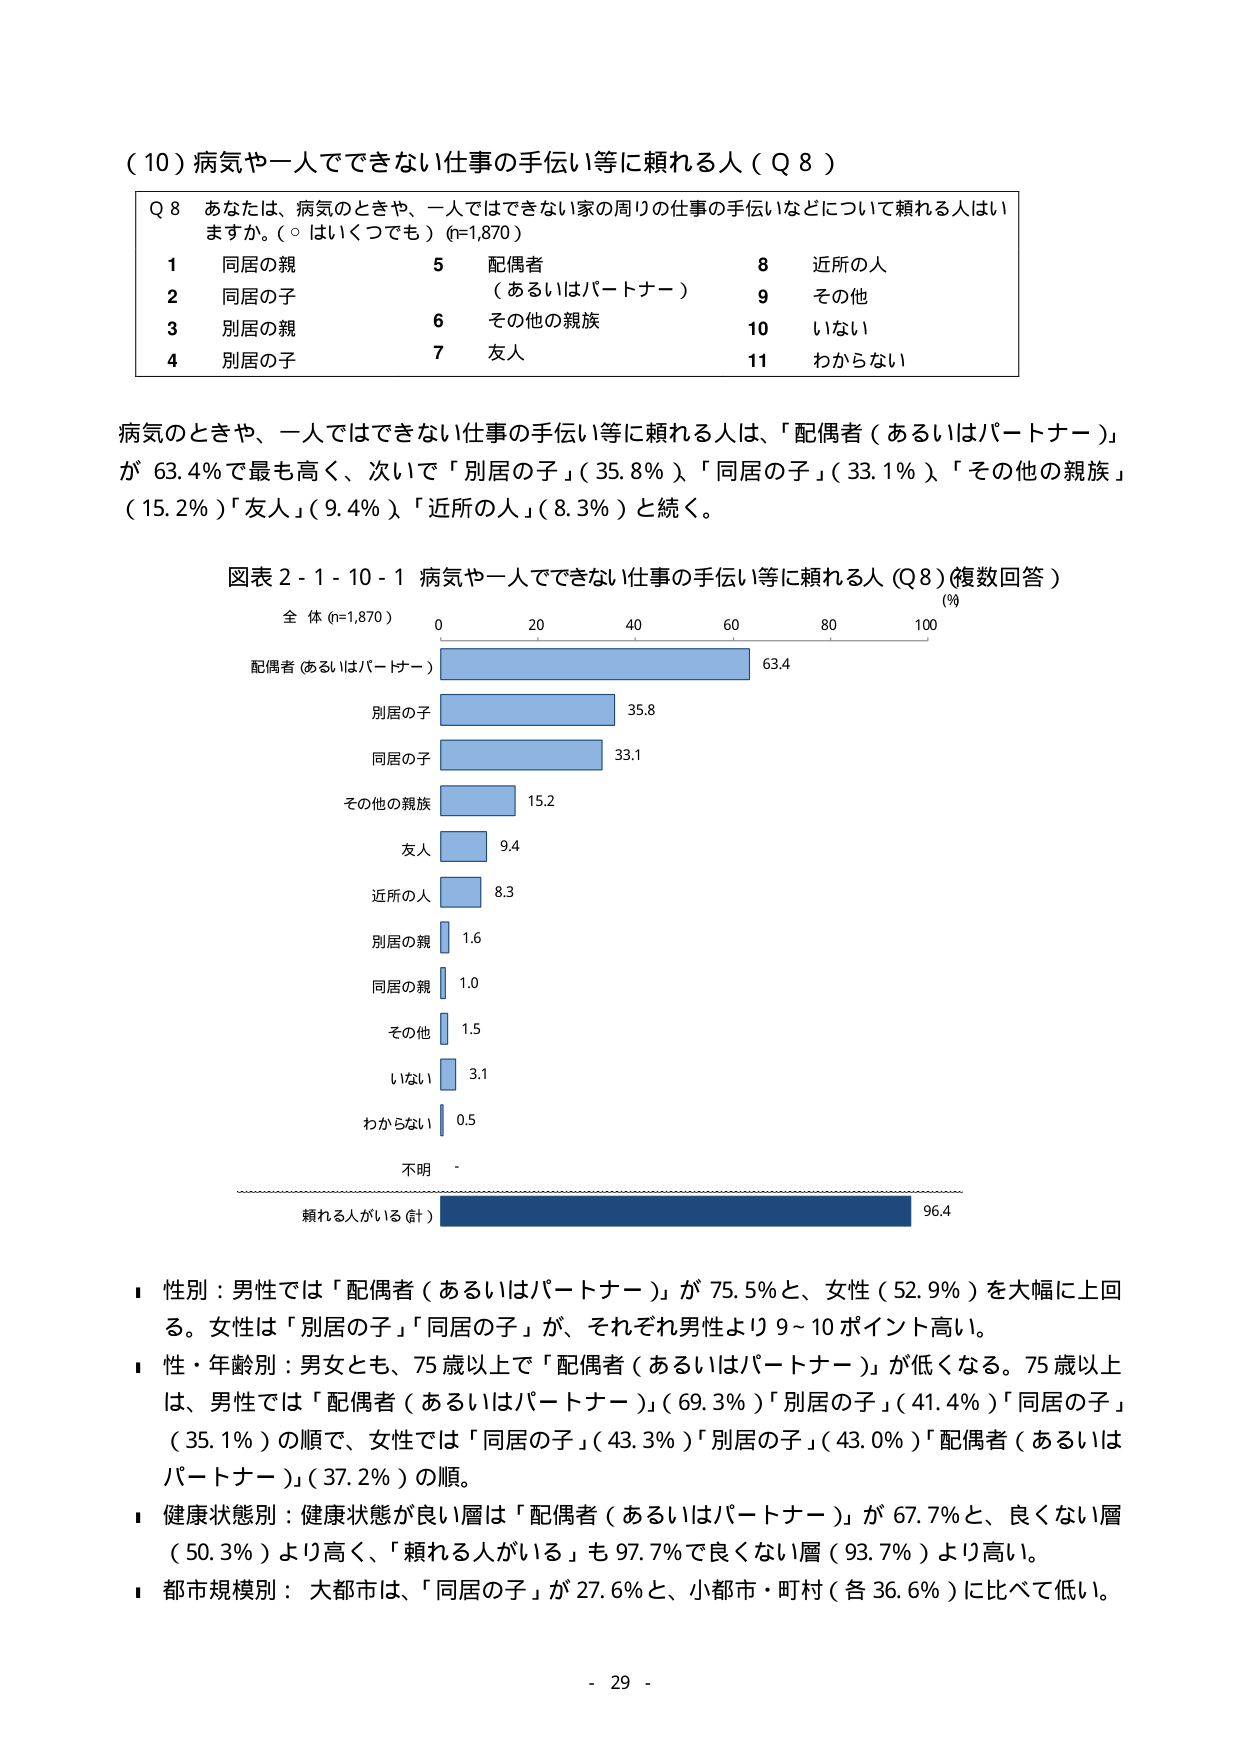
（10）病気や一人でできない仕事の手伝い等に頼れる人（Q8）

Q8 あなたは、病気のときや、一人ではできない家の周りの仕事の手伝いなどについて頼れる人はいますか。（○はいくつでも）(n=1,870)

1 同居の親
2 同居の子
3 別居の親
4 別居の子
5 配偶者
　（あるいはパートナー）
6 その他の親族
7 友人
8 近所の人
9 その他
10 いない
11 わからない

病気のときや、一人ではできない仕事の手伝い等に頼れる人は、「配偶者（あるいはパートナー）」が 63.4％で最も高く、次いで「別居の子」（35.8％）、「同居の子」（33.1％）、「その他の親族」（15.2％）、「友人」（9.4％）、「近所の人」（8.3％）と続く。

図表2-1-10-1 病気や一人でできない仕事の手伝い等に頼れる人（Q8）（複数回答）

全体 (n=1,870)
(％)
0　　20　　40　　60　　80　　100

配偶者（あるいはパートナー）　63.4
別居の子　35.8
同居の子　33.1
その他の親族　15.2
友人　9.4
近所の人　8.3
別居の親　1.6
同居の親　1.0
その他　1.5
いない　3.1
わからない　0.5
不明　-
頼れる人がいる（計）　96.4

■ 性別：男性では「配偶者（あるいはパートナー）」が 75.5％と、女性（52.9％）を大幅に上回る。女性は「別居の子」「同居の子」が、それぞれ男性より9～10ポイント高い。
■ 性・年齢別：男女とも、75歳以上で「配偶者（あるいはパートナー）」が低くなる。75歳以上は、男性では「配偶者（あるいはパートナー）」（69.3％）「別居の子」（41.4％）「同居の子」（35.1％）の順で、女性では「同居の子」（43.3％）「別居の子」（43.0％）「配偶者（あるいはパートナー）」（37.2％）の順。
■ 健康状態別：健康状態が良い層は「配偶者（あるいはパートナー）」が 67.7％と、良くない層（50.3％）より高く、「頼れる人がいる」も 97.7％で良くない層（93.7％）より高い。
■ 都市規模別：大都市は、「同居の子」が 27.6％と、小都市・町村（各 36.6％）に比べて低い。

- 29 -